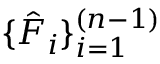
\{ \hat { F } _ { i } \} _ { i = 1 } ^ { ( n - 1 ) }